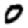
Digit: 0